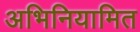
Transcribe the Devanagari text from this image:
अभिनियामित